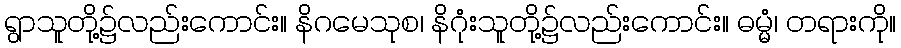
ရွာသူတို့၌လည်းကောင်း။ နိဂမေသုစ၊ နိဂုံးသူတို့၌လည်းကောင်း။ ဓမ္မံ၊ တရားကို။